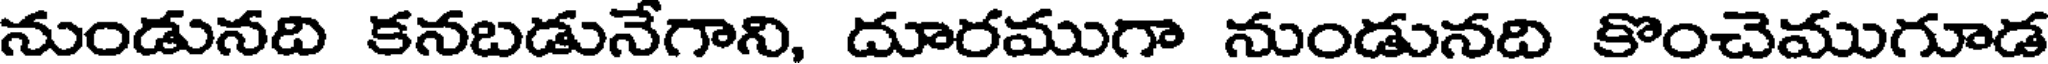
నుండునది కనబడునేగాని, దూరముగా నుండునది కొంచెముగూడ